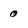
Character: 0